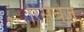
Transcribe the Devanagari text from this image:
रिसर्चेज़